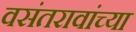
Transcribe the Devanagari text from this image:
वसंतरावांच्‍या